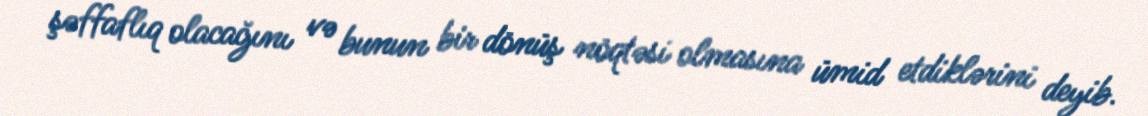
şəffaflıq olacağını və bunun bir dönüş nöqtəsi olmasına ümid etdiklərini deyib.